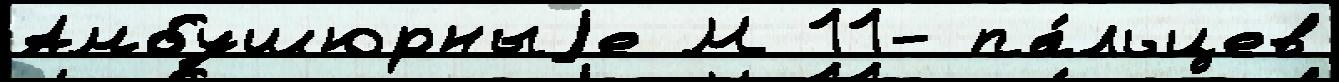
Амбушюрныjе М 11- па́льцев